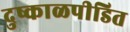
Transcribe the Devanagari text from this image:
दुष्काळपीडित